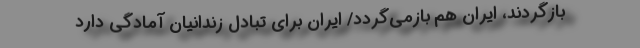
بازگردند، ایران هم بازمی‌گردد/ ایران برای تبادل زندانیان آمادگی دارد